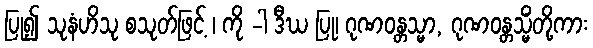
ပြု၍ သုနံဟိသု စသုတ်ဖြင့် ၊ ကို -ါ ဒီဃ ပြု၊ ဂုဏဝန္တသ္မာ, ဂုဏဝန္တသ္မိံတို့ကား